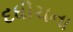
દધીચના